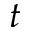
t